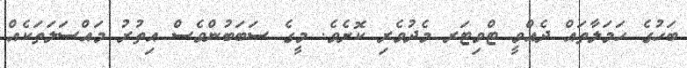
ބަހުގެ ހަމަލާތައް ދެއްވީ ޓްވިޓަރ މެދުވެރި ކޮށެވެ. މީގެ ސަބަބުންވެސް އިތުރު މައްސަލަތަކެއް